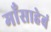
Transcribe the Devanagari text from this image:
माँसाहेबं